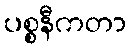
ပစ္စနီကတာ